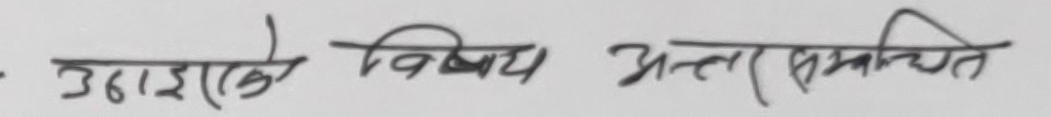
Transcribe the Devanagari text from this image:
उधिराले विषय अन्तर समाचित